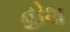
હોશ